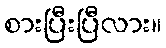
စားပြီးပြီလား။